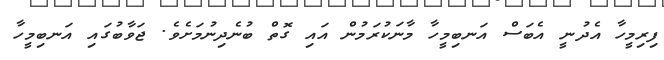
ފިރިމީހާ އެދުނީ އެބަސް އަނބިމީހާ މާނަކުރަމުން އައި ގޮތް ބުނެދިނުމަށެވެ. ޖަވާބުގައި އަނބިމީހާ